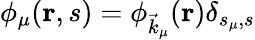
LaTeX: \phi_{\mu}(\mathbf{r},s)=\phi_{\vec{k}_{\mu}}(\mathbf{r})\delta_{s_{\mu},s}